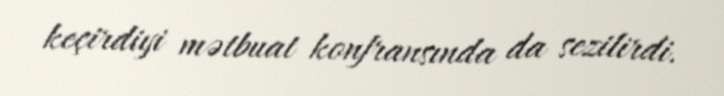
keçirdiyi mətbuat konfransında da sezilirdi.